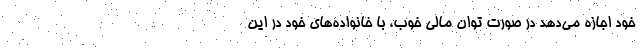
خود اجازه می‌دهد در صورت توان مالی خوب، با خانواده‌های خود در این